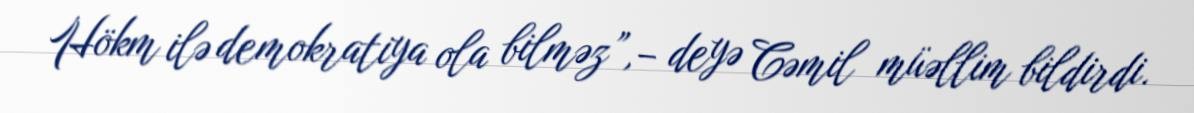
Hökm ilə demokratiya ola bilməz”,– deyə Cəmil müəllim bildirdi.